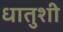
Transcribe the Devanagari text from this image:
धातुशी